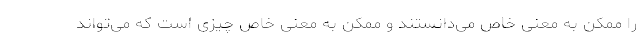
را ممکن به معنی خاص می‌دانستند و ممکن به معنی خاص چیزی است که می‌تواند